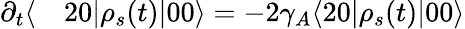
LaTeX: \begin{array}{rl}{\partial_{t}\langle}&{{}20|\rho_{s}(t)|00\rangle=-2\gamma_{A}\langle 20|\rho_{s}(t)|00\rangle}\end{array}